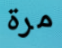
مرة